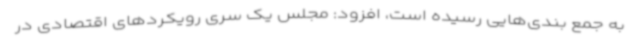
به جمع بندی‌هایی رسیده است، افزود: مجلس یک سری رویکردهای اقتصادی در